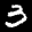
Label: 3